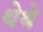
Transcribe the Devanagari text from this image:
थेथे